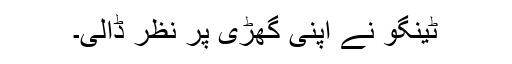
ٹینگو نے اپنی گھڑی پر نظر ڈالی۔